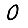
Digit: 0